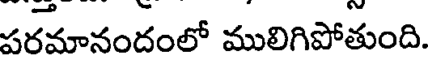
పరమానందంలో ములిగిపోతుంది.